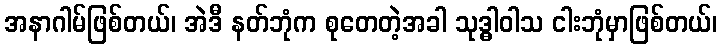
အနာဂါမ်ဖြစ်တယ်၊ အဲဒီ နတ်ဘုံက စုတေတဲ့အခါ သုဒ္ဓါဝါသ ငါးဘုံမှာဖြစ်တယ်၊